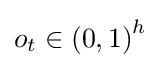
o_{t}\in {(0,1)}^{h}